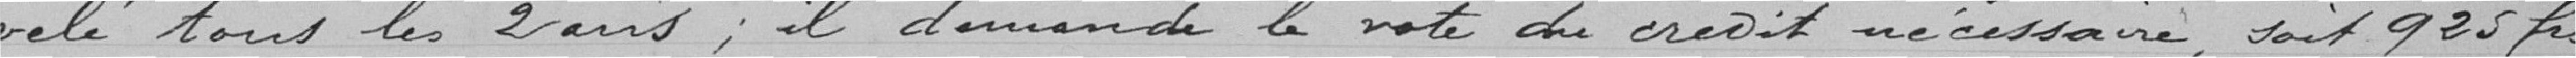
velé tous les 2 avis ; il demande le vote du crédit nécessaire, soit 925 frs